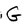
Character: G